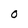
Character: 0